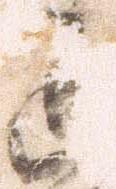
退